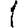
Digit: 1